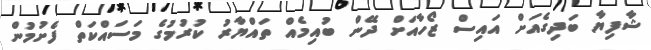
ޝާފިޔާ ބަދިގެއަށް އައިސް ޒޯހާއަށް ދޭން ބުއިމެއް ތައްޔާރު ކުރުމުގެ މަސައްކަތް ފެށުމުން